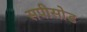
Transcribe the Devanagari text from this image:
सपीसोड